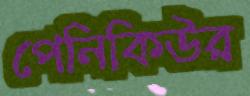
পেনিকিউর